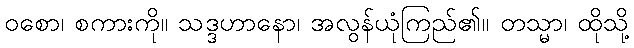
ဝစော၊ စကားကို။ သဒ္ဒဟာနော၊ အလွန်ယုံကြည်၏။ တသ္မာ၊ ထိုသို့